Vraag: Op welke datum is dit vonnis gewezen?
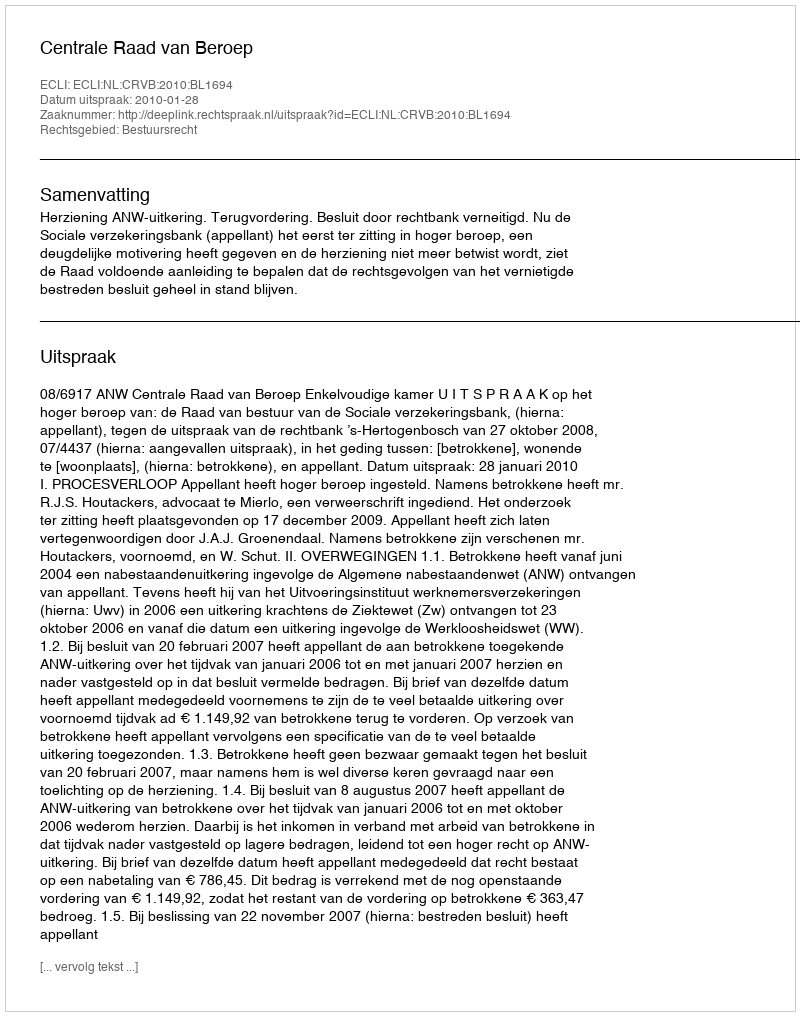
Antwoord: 2010-01-28